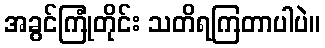
အခွင်ကြုံတိုင်း သတိရကြတာပါပဲ။